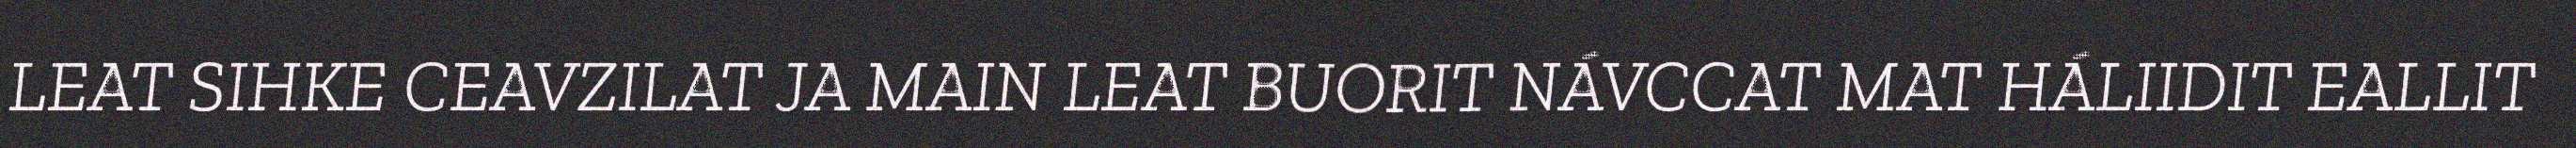
LEAT SIHKE CEAVZILAT JA MAIN LEAT BUORIT NÁVCCAT MAT HÁLIIDIT EALLIT